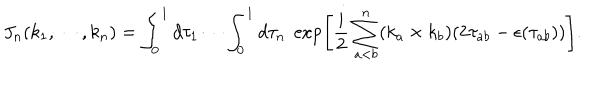
J _ { n } ( k _ { 1 } , \cdots , k _ { n } ) = \int _ { 0 } ^ { 1 } d \tau _ { 1 } \cdots \int _ { 0 } ^ { 1 } d \tau _ { n } \; \exp \left[ \frac { i } { 2 } \sum _ { a < b } ^ { n } ( k _ { a } \times k _ { b } ) ( 2 \tau _ { a b } - \epsilon ( \tau _ { a b } ) ) \right] .